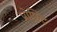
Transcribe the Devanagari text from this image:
प्रोफ़िट